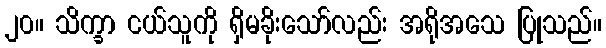
၂၀။ သိက္ခာ ငယ်သူကို ရှိမခိုးသော်လည်း အရိုအသေ ပြုသည်။